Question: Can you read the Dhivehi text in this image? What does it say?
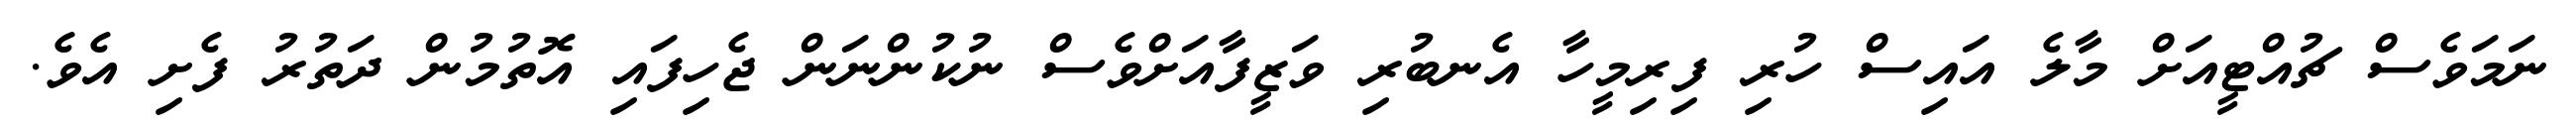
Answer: ނަމަވެސް ޗުއްޓީއަށް މާލެ އައިސް ހުރި ފިރިމީހާ އެނބުރި ވަޒީފާއަށްވެސް ނުކުންނަން ޖެހިފައި އޮތުމުން ދަތުރު ފެށި އެވެ.